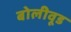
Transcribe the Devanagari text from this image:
बोलीवूड